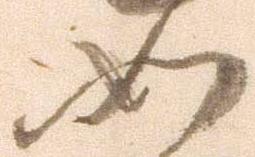
如